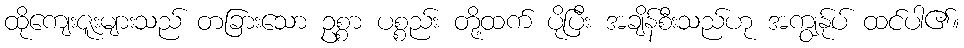
ထိုကျေးဇူးများသည် တခြားသော ဥစ္စာ ပစ္စည်း တို့ထက် ပိုပြီး အချိန်စီးသည်ဟု အကျွန်ုပ် ထင်ပါ၏။